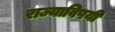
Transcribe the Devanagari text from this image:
राज्याविषयी